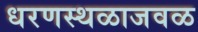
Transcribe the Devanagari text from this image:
धरणस्थळाजवळ